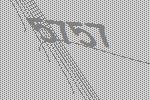
5757